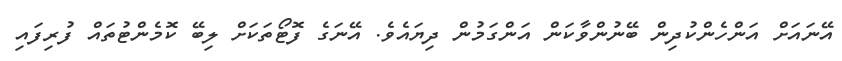
އޭނައަށް އަންހެންކުދިން ބޭނުންވާކަން އަންގަމުން ދިޔައެވެ. އޭނަގެ ފޮޓޯތަކަށް ލިބޭ ކޮމެންޓުތައް ފުރިފައި